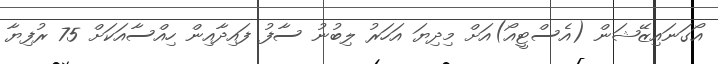
އޯގަނައިޒޭޝަން (އެސްޓީއޯ)އަށް މިދިޔަ އަހަރު ލިބުނު ސާފު ފައިދާއިން ހިއްސާއަކަށް 75 ރުފިޔާ